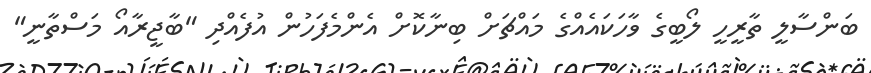
ބަންސާލީ ތާރީހީ ލޯބީގެ ވާހަކައެއްގެ މައްޗަށް ބިނާކޮށް އެންމެފަހުން އުފެއްދި "ބާޖީރާއޯ މަސްތާނީ"